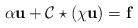
\begin{align*}\alpha \mathbf{u}+\mathcal{C}\star(\chi \mathbf{u})=\mathbf{f}\end{align*}